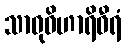
သာဓုဝိဟာရိဓီရံ